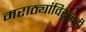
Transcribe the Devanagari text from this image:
मराठ्यांविरुद्धही